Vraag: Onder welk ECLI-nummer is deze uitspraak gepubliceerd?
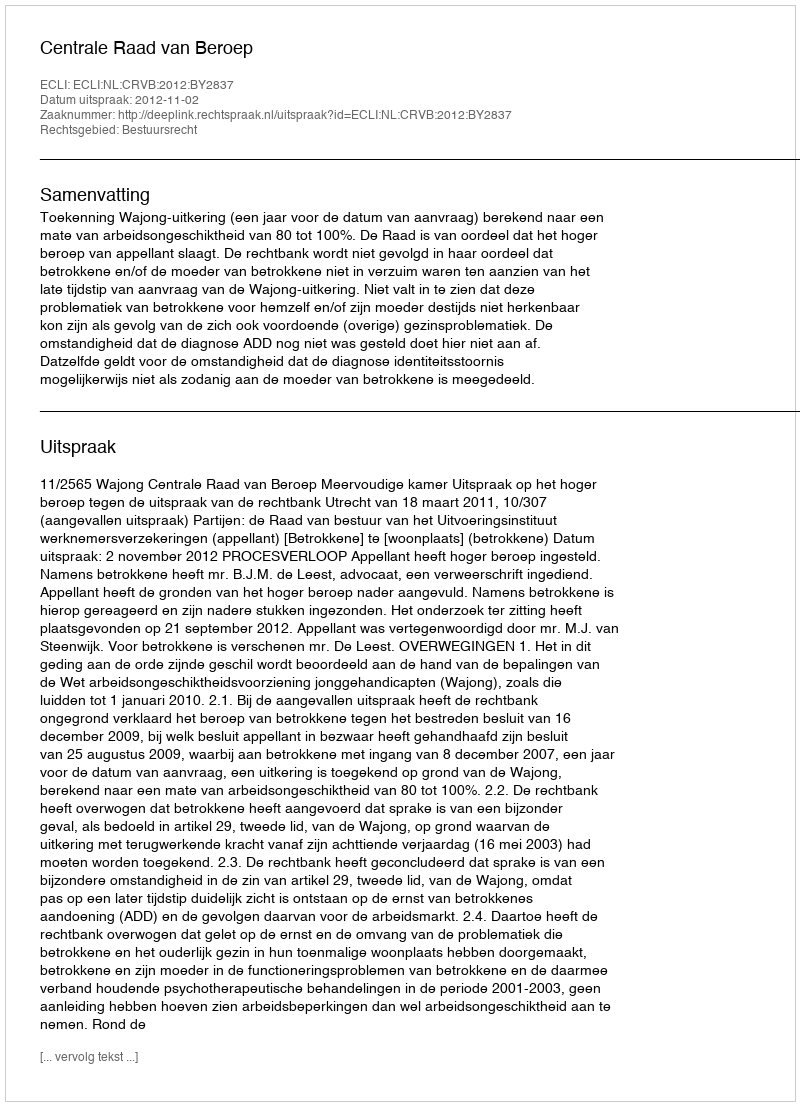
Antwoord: ECLI:NL:CRVB:2012:BY2837